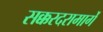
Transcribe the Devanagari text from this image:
सक्करदरामार्गे